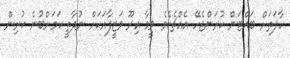
ހާލަތަށް ބައްޓަން ކުރަންޖެހޭ އެއްޗެކެވެ. ވީމާ އިރޫ ވަޒީފާއަކަށް ނުދާތީ ކަމަށްބުނެ ކުރިން